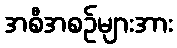
အစီအစဉ်များအား